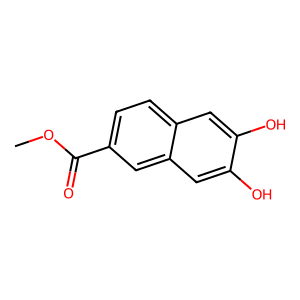
SMILES: COC(=O)c1ccc2cc(O)c(O)cc2c1
Inhibits HIV replication: No